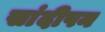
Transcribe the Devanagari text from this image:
सांदीपन